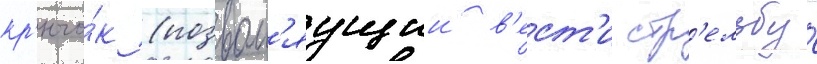
кр'ючо́к (позвол'яущии в'ест'и стр'ельбу́